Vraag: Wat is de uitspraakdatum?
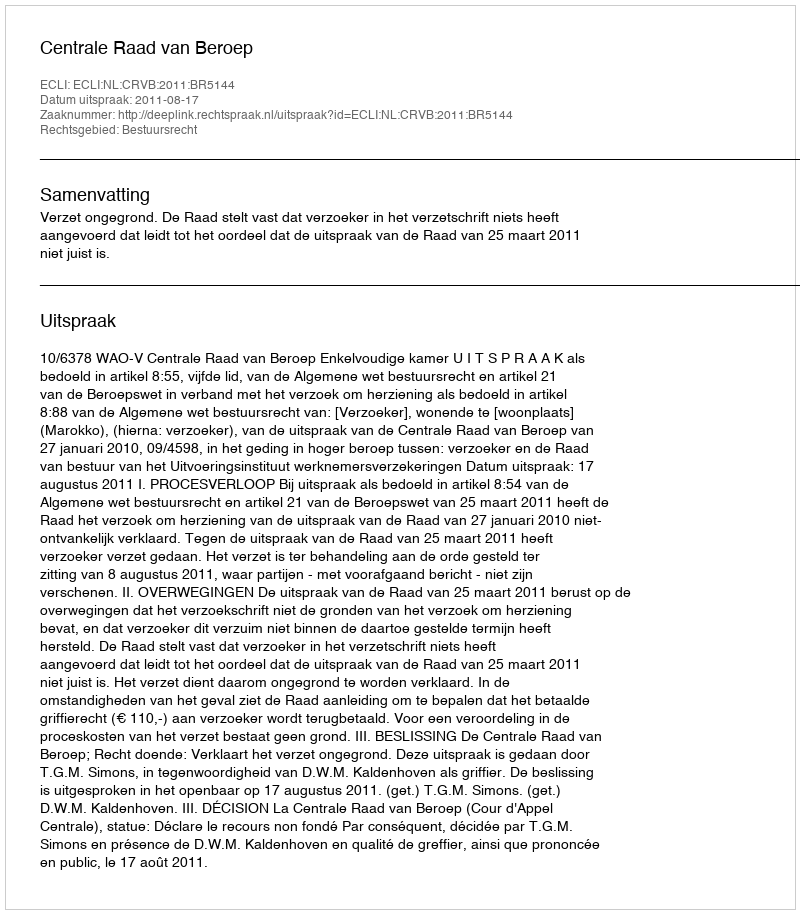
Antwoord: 2011-08-17